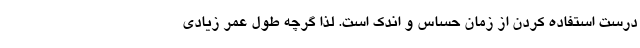
درست استفاده کردن از زمان حساس و اندک است. لذا گرچه طول عمر زیادی